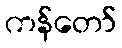
ကန်တော်